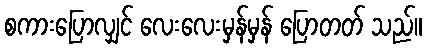
စကားပြောလျှင် လေးလေးမှန်မှန် ပြောတတ် သည်။